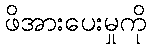
ဖိအားပေးမှုကို